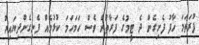
ފުރަތަމަ ހާފު ފެށިގެން ދެ ޓީމުގެ ފަރާތުން ވެސް ހަމަހަމަ ކުޅުމެއް ފެނިގެންދިޔައިރު